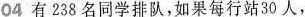
04 有238名同学排队，如果每行站30人，